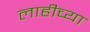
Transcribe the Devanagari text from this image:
लाहीच्या